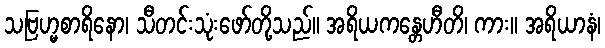
သဗြဟ္မစာရိနော၊ သီတင်းသုံးဖော်တို့သည်။ အရိယကန္တေဟီတိ၊ ကား။ အရိယာနံ၊